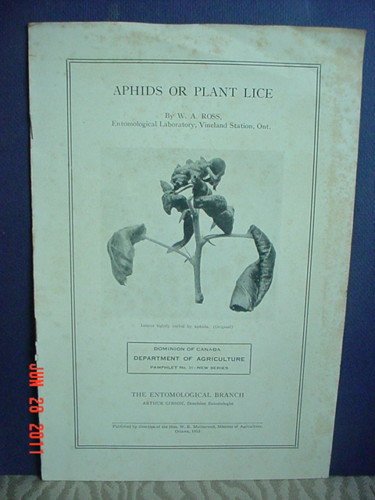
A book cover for "Aphids or Plant Lice, Pamplet No. 31"; W. A. Ross; Health, Fitness & Dieting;